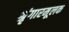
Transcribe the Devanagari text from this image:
श्रृंगारमूलक